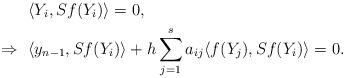
LaTeX: \begin{align*}&\langle Y_{i},S f(Y_{i})\rangle = 0,\\\Rightarrow~ &\langle y_{n-1},S f(Y_{i})\rangle+h \displaystyle\sum_{j=1}^{s}a_{ij}\langle f(Y_{j}),S f(Y_{i})\rangle=0.\end{align*}